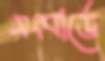
সংবার্ডে